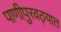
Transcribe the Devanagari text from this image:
पाणीपुरवठ्यात